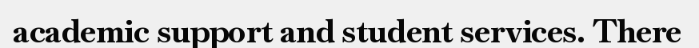
academic support and student services. There